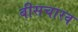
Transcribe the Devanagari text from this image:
बीसचारव